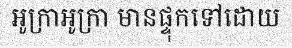
អូក្រាអូក្រា មានផ្ទុកទៅដោយ